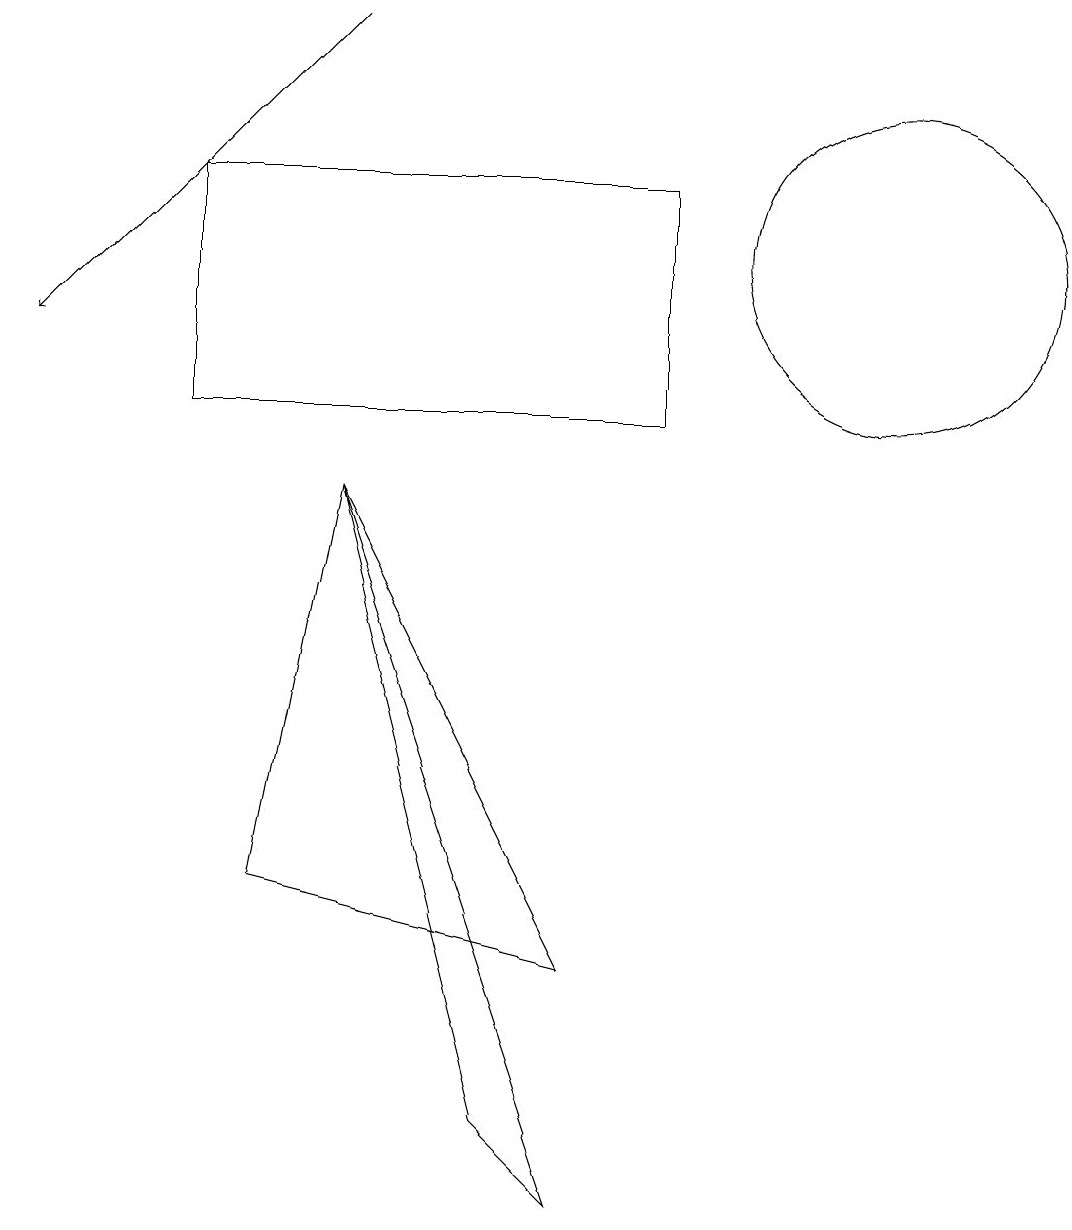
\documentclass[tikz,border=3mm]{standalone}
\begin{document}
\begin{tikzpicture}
\draw (11,11) circle (0);
\draw[->] (5,15) -- (1,11);
\draw (5,9) -- (4,4) -- (8,3) -- cycle;
\draw (5,9) -- (7,1) -- (8,0) -- cycle;
\draw (12,12) circle (2);
\draw (9,13) rectangle (3,10);
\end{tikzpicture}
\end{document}